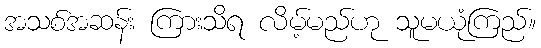
အသစ်အဆန်း ကြားသိရ လိမ့်မည်ဟု သူမယုံကြည်။